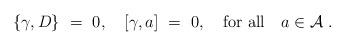
LaTeX: \begin{align*}\{ \gamma, D\}\ = \ 0, \quad [\gamma, a] \ = \ 0, \quad {\rm for \ all} \quad a \in {\mathcal A} \ .\end{align*}